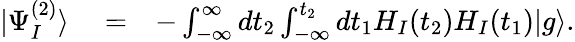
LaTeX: \begin{array}{rlr}{|\Psi_{I}^{(2)}\rangle}&{{}=}&{-\int_{-\infty}^{\infty}dt_{2}\int_{-\infty}^{t_{2}}dt_{1}H_{I}(t_{2})H_{I}(t_{1})|g\rangle.}\end{array}